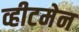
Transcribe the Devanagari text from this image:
व्हीटमेन